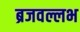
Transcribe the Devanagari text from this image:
ब्रजवल्लभ